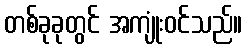
တစ်ခုခုတွင် အကျုံးဝင်သည်။